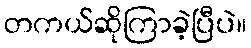
တကယ်ဆိုကြာခဲ့ပြီပဲ။